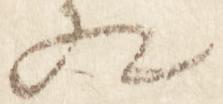
相